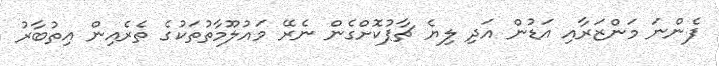
ފެންނަ މަންޒަރާއި އަޑުން އަދި ލިޔެ ޗާޕުކޮށްގެން ނެރޭ މައުލޫމާތުތަކުގެ ތެރެއިން އިތުބާރު